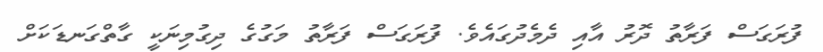
ފުރަގަސް ފަރާތު ދޮރު އާއި ދެމެދުގައެވެ. ފުރަގަސް ފަރާތު މަގުގެ ދިގުމިނަކީ ގާތްގަނޑަކަށް